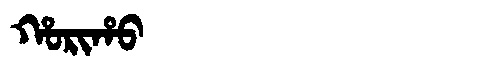
Manchu: ᡥᠣᡵᡳᡥᠣ
Romanization: HORIHO